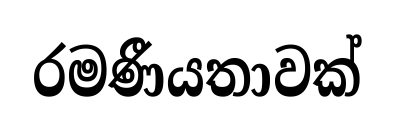
රමණීයතාවක්